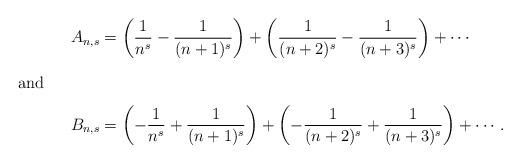
LaTeX: \begin{align*}A_{n,s} & = \left(\frac{1}{n^s} - \frac{1}{(n+1)^s}\right) + \left(\frac{1}{(n+2)^s} - \frac{1}{(n+3)^s}\right) + \cdots \\\intertext{and}B_{n,s} & = \left(-\frac{1}{n^s} + \frac{1}{(n+1)^s}\right) + \left(-\frac{1}{(n+2)^s} + \frac{1}{(n+3)^s}\right) + \cdots .\end{align*}